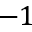
- 1